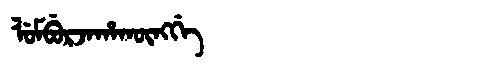
Manchu: ᠯᡠᠮᠪᡠᡵᠵᠠᡥᠠᡴᡡᠩᡤᡝ
Romanization: LUMBURJAHAKŪNGGE